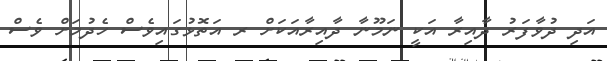
އަދި ދުވާފަރު ދާއިރާ އަކީ ނަމޫނާ ދާއިރާއަކަށް ރ އަތޮޅުގައިވެސް ހެދުމަށް ވެސް